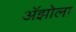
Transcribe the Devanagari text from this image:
अॅझोला